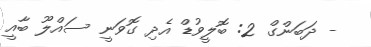
- ދަބަންގް 2: ބޮލީވުޑް އެދި ގޮވަނީ ސައްލޫ ބާއީ